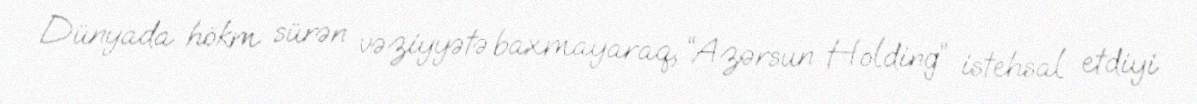
Dünyada hökm sürən vəziyyətə baxmayaraq, “Azərsun Holding” istehsal etdiyi